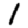
Digit: 1